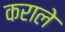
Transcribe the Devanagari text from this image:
कराले